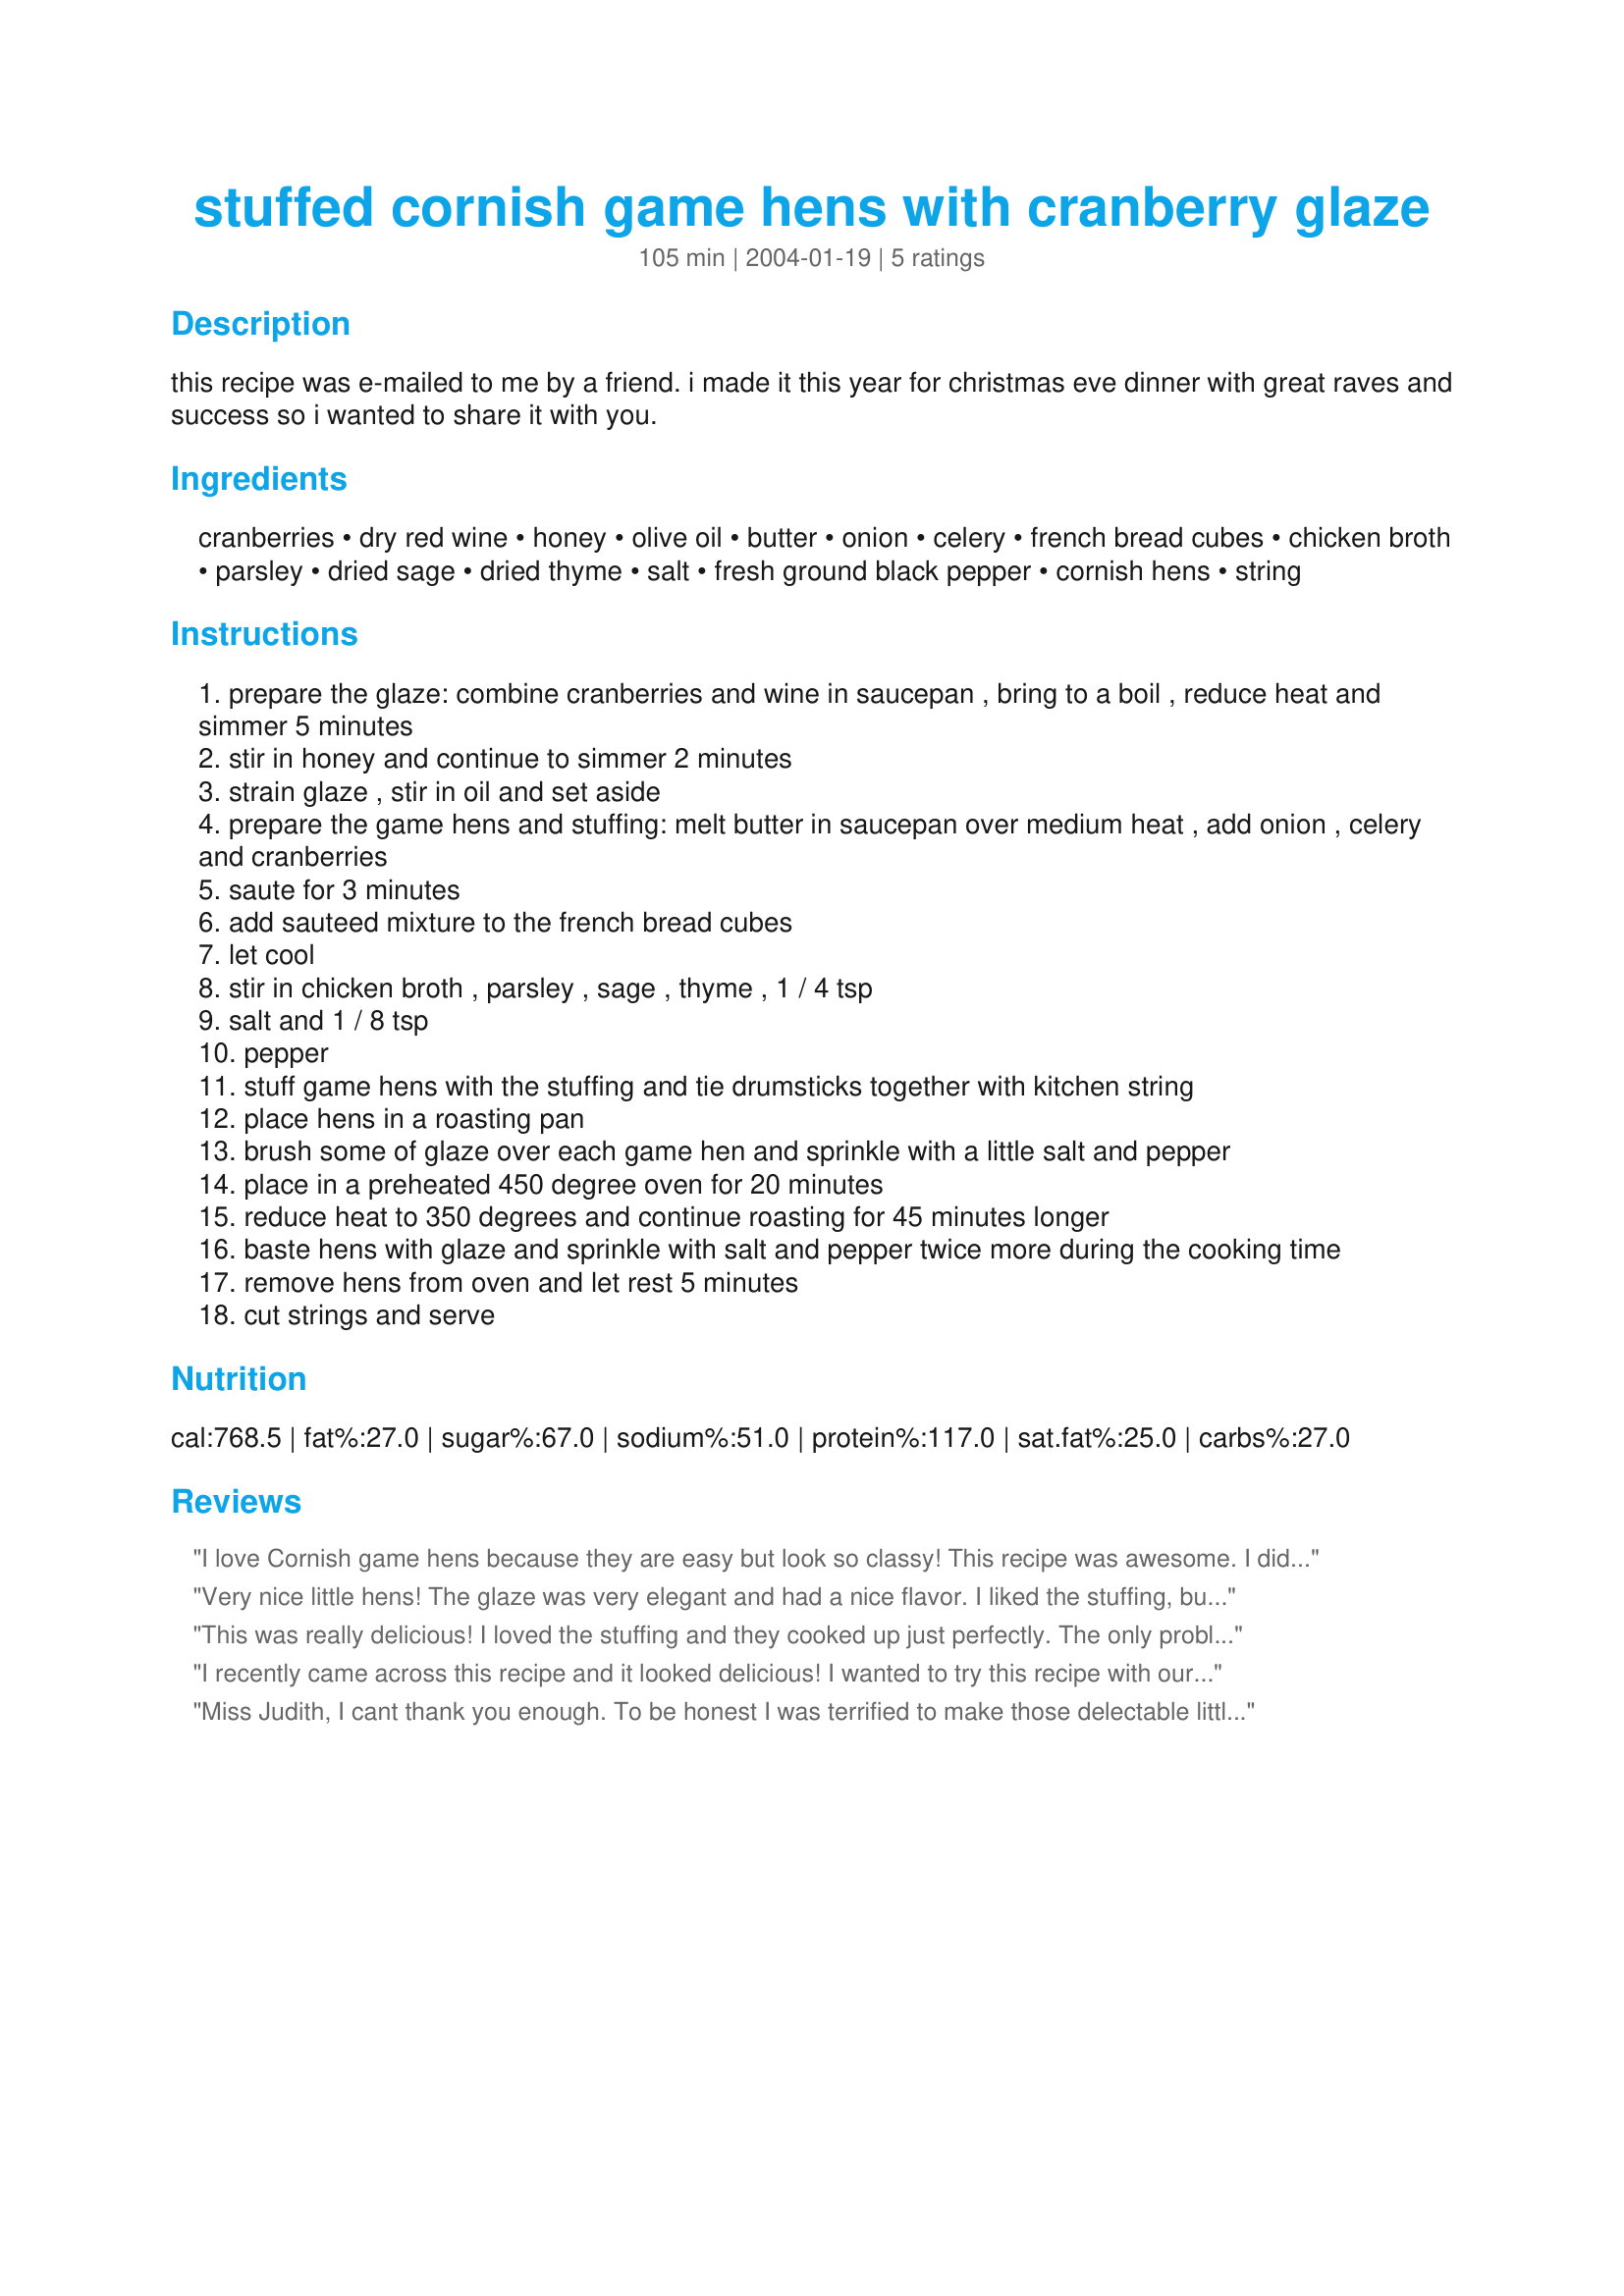
stuffed cornish game hens with cranberry glaze
Preparation time: 105 minutes

this recipe was e-mailed to me by a friend. i made it this year for christmas eve dinner with great raves and success so i wanted to share it with you.

Ingredients:
cranberries, dry red wine, honey, olive oil, butter, onion, celery, french bread cubes, chicken broth, parsley, dried sage, dried thyme, salt, fresh ground black pepper, cornish hens, string

Steps:
prepare the glaze: combine cranberries and wine in saucepan , bring to a boil , reduce heat and simmer 5 minutes
stir in honey and continue to simmer 2 minutes
strain glaze , stir in oil and set aside
prepare the game hens and stuffing: melt butter in saucepan over medium heat , add onion , celery and cranberries
saute for 3 minutes
add sauteed mixture to the french bread cubes
let cool
stir in chicken broth , parsley , sage , thyme , 1 / 4 tsp
salt and 1 / 8 tsp
pepper
stuff game hens with the stuffing and tie drumsticks together with kitchen string
place hens in a roasting pan
brush some of glaze over each game hen and sprinkle with a little salt and pepper
place in a preheated 450 degree oven for 20 minutes
reduce heat to 350 degrees and continue roasting for 45 minutes longer
baste hens with glaze and sprinkle with salt and pepper twice more during the cooking time
remove hens from oven and let rest 5 minutes
cut strings and serve

Reviews:
I love Cornish game hens because they are easy but look so classy! This recipe was awesome. I did use more honey in my glaze and was in a hurry so I just used a box stuffing and added a handful of Craisins. Delish!
Very nice little hens! The glaze was very elegant and had a nice flavor. I liked the stuffing, but I would double the recipe next time and cook some in a casserole dish. The time was right on, the hens were moist and tender and perfectly cooked. The last 15 minutes I added the pan juices to the glaze and basted the hens. I also did not add additional salt and pepper when basting. This was a great Thanksgiving dinner for our small family!
This was really delicious! I loved the stuffing and they cooked up just perfectly. The only problem I had was the glaze turned out very thick and there was no way to strain it, so I just spread it on the hens anyway. The flavor was great so I didn't really worry about it!
I recently came across this recipe and it looked delicious! I wanted to try this recipe with our Thanksgiving dinner - however between the fact that my husband strongly dislikes cornish game hens and turkey's are few and far between here to buy, I had to settle for a French Free Range Chicken for our Thanksgiving dinner. Now - I only used the "Cranberry Glaze" portion of this recipe with the directions as stated but with the additional variation of adding 1 cup chicken broth and 1 tablespoon thyme. I used a Dutch oven and cooked my bird breasts down for the first portion of cooking time - this gave such a moist and delicious flavour, I can not wait for another holiday moment to make this again!
Miss Judith, I cant thank you enough. To be honest I was terrified to make those delectable little chickens, As you can now guess i have never cooked a Cornish Hen before. My Christmas diner was amazing. Thank You. If you haven't tried this, do it your taste buds will thank you for it. I had them crispy glazed on the outside and tender and juicy on the inside, meat feel right off the bones and melted in our mouths.
